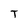
Character: T